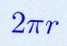
2\pi r